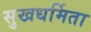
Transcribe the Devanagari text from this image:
सुखधर्मिता